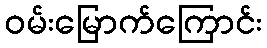
ဝမ်းမြောက်ကြောင်း